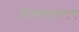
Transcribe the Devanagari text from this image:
थांबल्यावरच